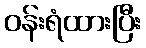
ဝန်းရံထားပြီး